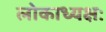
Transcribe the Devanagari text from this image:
लोकाध्यक्षः